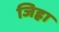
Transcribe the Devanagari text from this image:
जिह्रा